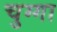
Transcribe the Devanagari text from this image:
चुग्गा